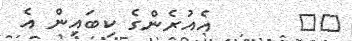
٧٥       އެއުރެންގެ ކިބައިން އެ